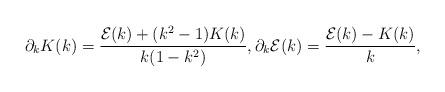
LaTeX: \begin{align*} \partial_{k} K(k) = \frac{\mathcal E (k) + (k^2 - 1) K(k)}{k(1 - k^2)}, \mathcal \partial_{k} \mathcal E(k) = \frac{\mathcal E (k) - K(k)}k,\end{align*}